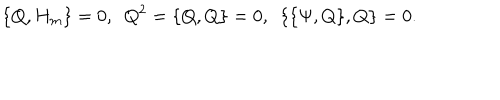
\{ Q , H _ { m } \} = 0 , ~ ~ Q ^ { 2 } = \{ Q , Q \} = 0 , ~ ~ \{ \{ \Psi , Q \} , Q \} = 0 .